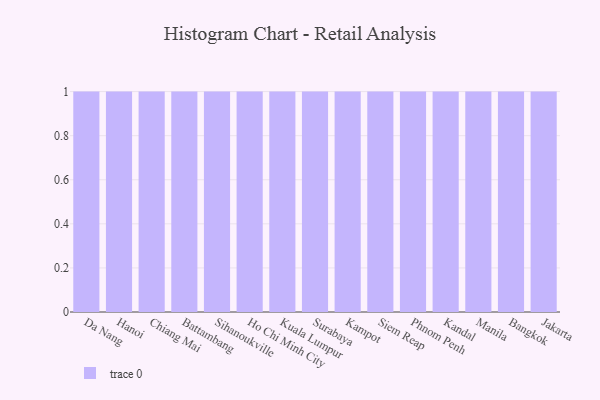
{"axis": {"x": "City", "y": "Waste Production (Tons)"}, "legend": [""], "data": [{"x": "Da Nang", "y": 52, "type": ""}, {"x": "Hanoi", "y": 31, "type": ""}, {"x": "Chiang Mai", "y": 54, "type": ""}, {"x": "Battambang", "y": 88, "type": ""}, {"x": "Sihanoukville", "y": 27, "type": ""}, {"x": "Ho Chi Minh City", "y": 73, "type": ""}, {"x": "Kuala Lumpur", "y": 2, "type": ""}, {"x": "Surabaya", "y": 68, "type": ""}, {"x": "Kampot", "y": 71, "type": ""}, {"x": "Siem Reap", "y": 11, "type": ""}, {"x": "Phnom Penh", "y": 35, "type": ""}, {"x": "Kandal", "y": 64, "type": ""}, {"x": "Manila", "y": 78, "type": ""}, {"x": "Bangkok", "y": 66, "type": ""}, {"x": "Jakarta", "y": 97, "type": ""}]}